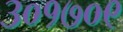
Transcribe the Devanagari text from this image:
३०१७०९